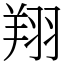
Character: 翔